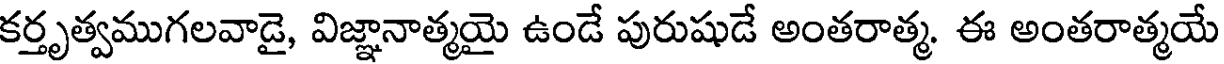
కర్తృత్వముగలవాడై, విజ్ఞానాత్మయై ఉండే పురుషుడే అంతరాత్మ. ఈ అంతరాత్మయే